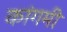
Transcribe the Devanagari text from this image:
कांगमी